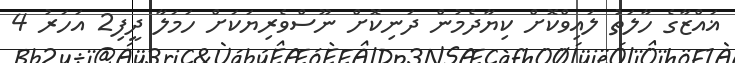
ޣައްޒާގެ ހާލަތު ލައިވްކޮށް ކިޔާދެމުން ދަނިކޮށް ނޫސްވެރިޔަކަށް ހަމަލާ ދީފި2 އަހަރު 4